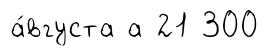
а́вгуста а 21 300